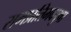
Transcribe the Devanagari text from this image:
रामप्रतिमवपुषा